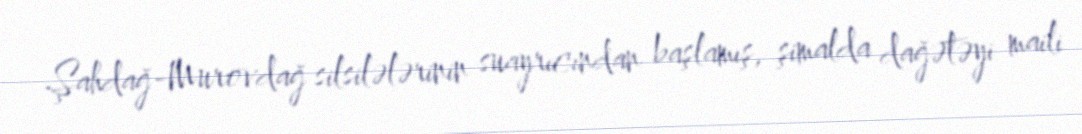
Şahdağ-Murovdağ silsilələrinin suayrıcından başlamış, şimalda dağətəyi maili